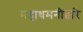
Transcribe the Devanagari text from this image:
महाधमनीद्वारे